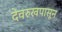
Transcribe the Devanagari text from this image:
देवरुखपासून